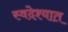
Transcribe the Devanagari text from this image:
स्वदेश्यात